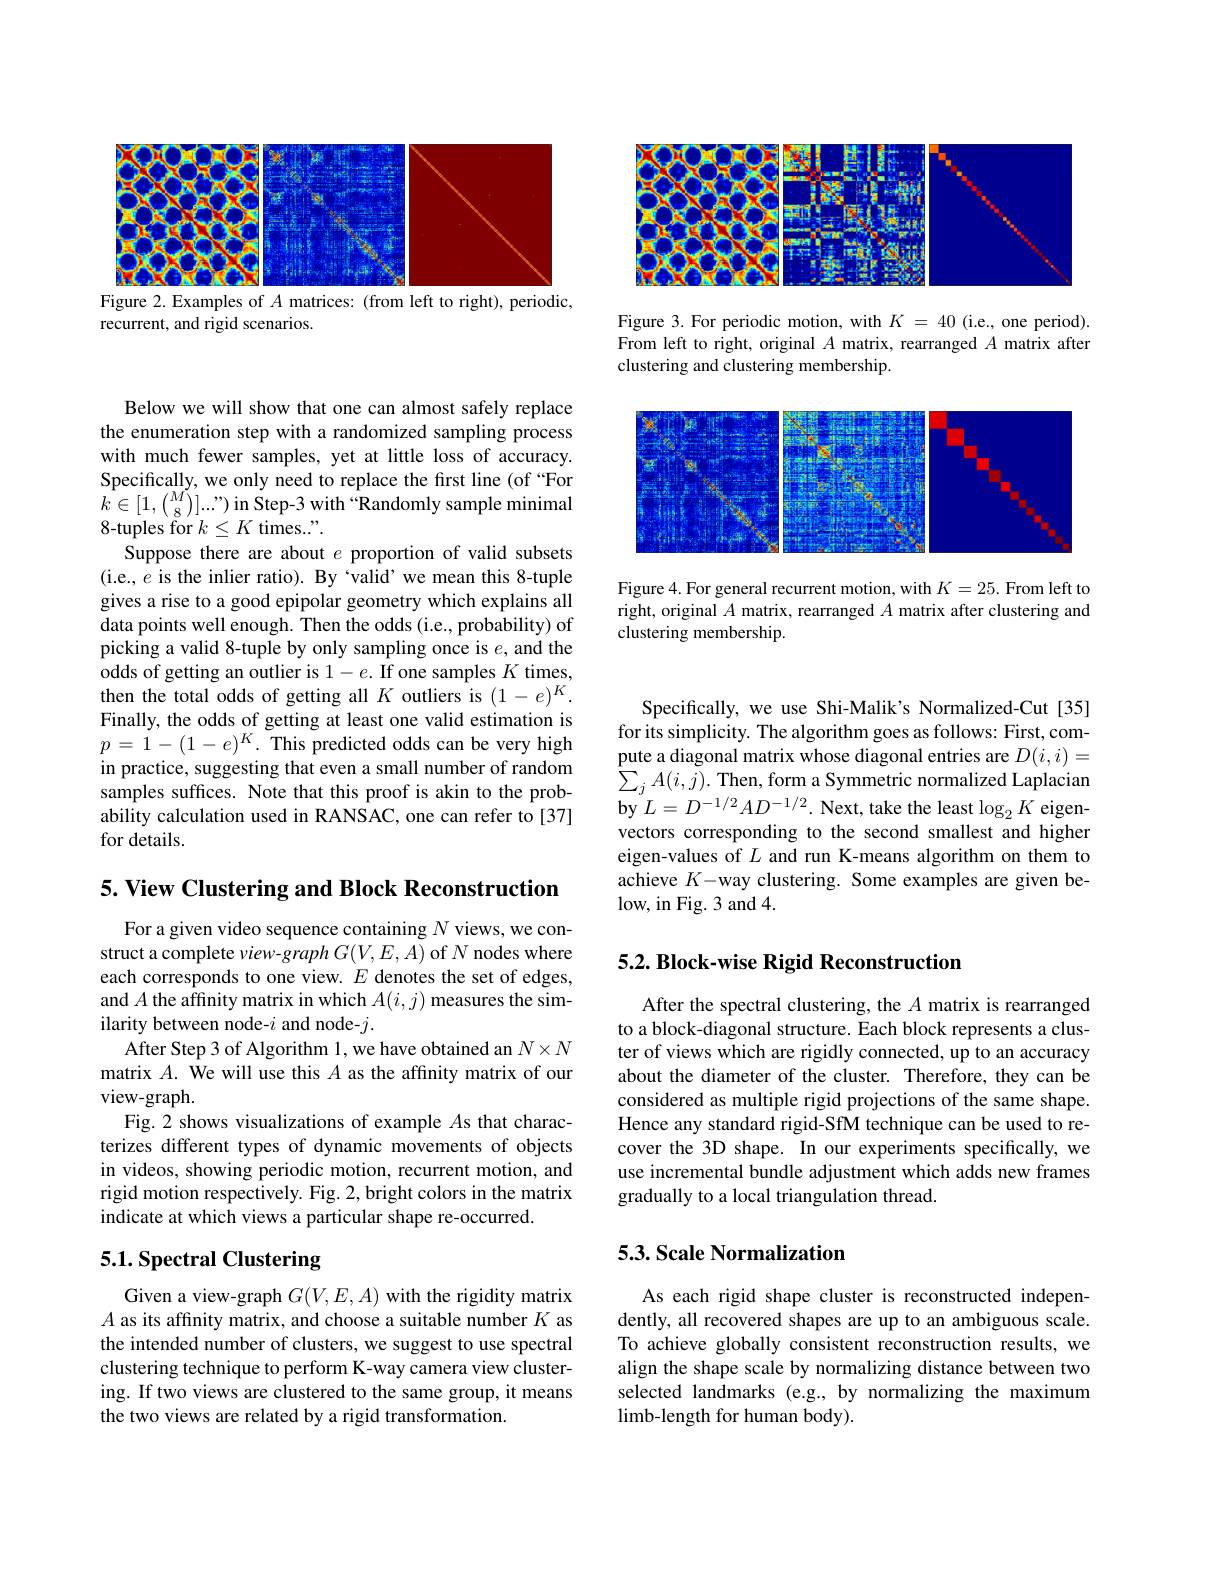
<FigureHere>
Figure 2. Examples of $A$ matrices: (from left to right), periodic,

recurrent, and rigid scenarios.

<FigureHere>

Figure 3. For periodic motion, with $K=40$ (i.e., one period). From left to right, original $A$ matrix, rearranged $A$ matrix after clustering and clustering membership.

<FigureHere>

Figure 4. For general recurrent motion, with $K=25.$ From left to right, original $A$ matrix, rearranged $A$ matrix after clustering and clustering membership.

Below we will show that one can almost safely replace the enumeration step with a randomized sampling process with much fewer samples, yet at little loss of accuracy. Specifically, we only need to replace the first line (of“For $\hat{k}\in[1,\binom{M}{8}]...”)$ in Step-3 with $^{\hat{\text{Randomly sample minimal}}}$ 8-tuples for $k\leq K$ times...".
Suppose there are about $e$ proportion of valid subsets (i.e., $e$ is the inlier ratio). By `valid' we mean this 8-tuple gives a rise to a good epipolar geometry which explains all data points well enough. Then the odds (i.e., probability) of picking a valid 8-tuple by only sampling once is $e$, and the odds of getting an outlier is 1- e. If one samples $K$ times, then the total odds of getting all $K$ outliers is $(1-e)^K.$ Finally, the odds of getting at least one valid estimation is $p=\dot{1}-(1-e)^{K}.$ This predicted odds can be very high in practice, suggesting that even a small number of random samples suffices. Note that this proof is akin to the probability calculation used in RANSAC, one can refer to [37] for details.

$5. \textbf{ View Clustering and Block Reconstruction}$

For a given video sequence containing $N$ views, we construct a complete view-graph $G(V,E,A)$ of $N$ nodes where each corresponds to one view. $E$ denotes the set of edges, and $A$ the affinity matrix in which $A(i,j)$ measures the similarity between node-$i$ and node-$j.$
After Step 3 of Algorithm 1, we have obtained an $N\times N$ matrix $A.$ We will use this $A$ as the affinity matrix of our view-graph.
Fig. 2 shows visualizations of example $A$s that characterizes different types of dynamic movements of objects in videos, showing periodic motion, recurrent motion, and rigid motion respectively. Fig. 2, bright colors in the matrix indicate at which views a particular shape re-occurred.

## 5.1. Spectral Clustering

Given a view-graph $G(V,E,A)$ with the rigidity matrix $A$ as its affinity matrix, and choose a suitable number $K$ as the intended number of clusters, we suggest to use spectral clustering technique to perform K-way camera view clustering. If two views are clustered to the same group, it means the two views are related by a rigid transformation.

Specifically, we use Shi-Malik's Normalized-Cut[35] for its simplicity. The algorithm goes as follows: First, compute a diagonal matrix whose diagonal entries are $D(i,i)=$ $\begin{array}{l}\sum_{j}A(i,j).\text{ Then, form a Symmetric normalized Laplacian}\\\mathrm{by~}L=D^{-1/2}AD^{-1/2}.\text{ Next, take the least }\log_{2}K\end{array}$ vectors corresponding to the second smallest and higher eigen-values of $L$ and run K-means algorithm on them to achieve $K$- way clustering. Some examples are given be- low, in Fig. 3 and 4.

## 5.2. Block-wise Rigid Reconstruction

After the spectral clustering, the $A$ matrix is rearranged to a block-diagonal structure. Each block represents a cluster of views which are rigidly connected, up to an accuracy about the diameter of the cluster. Therefore, they can be considered as multiple rigid projections of the same shape. Hence any standard rigid-SfM technique can be used to recover the 3D shape. In our experiments specifically, we use incremental bundle adjustment which adds new frames gradually to a local triangulation thread.

## 5.3. Scale Normalization

As each rigid shape cluster is reconstructed independently, all recovered shapes are up to an ambiguous scale. To achieve globally consistent reconstruction results, we align the shape scale by normalizing distance between two selected landmarks (e.g., by normalizing the maximum limb-length for human body).